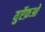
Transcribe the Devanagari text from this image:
युऍफ़ओ